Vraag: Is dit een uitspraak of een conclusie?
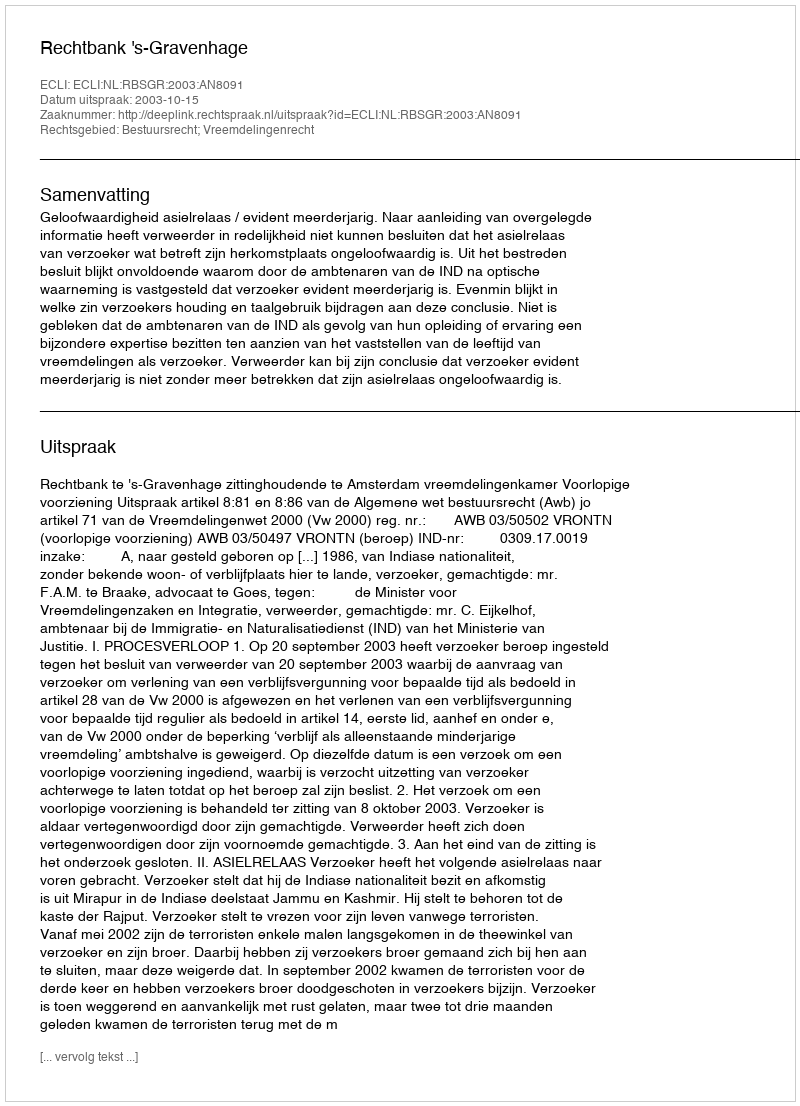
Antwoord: Uitspraak